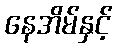
နေအိမ်နှင့်